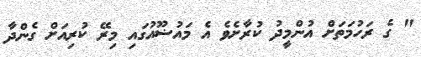
" ގެ ރަހުމަތަށް އުންމީދު ކުރާށެވެ އެ މައުޟޫއުގައި މިރޭ ކުރިއަށް ގެންދާ